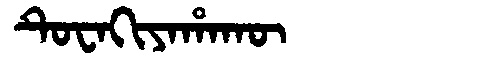
Manchu: ᡨᡠᠸᠠᡴᡳᠶᠠᡥᠠᡴᡡ
Romanization: TUWAKIYAHAKŪ